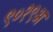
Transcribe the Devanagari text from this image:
९०१९अ